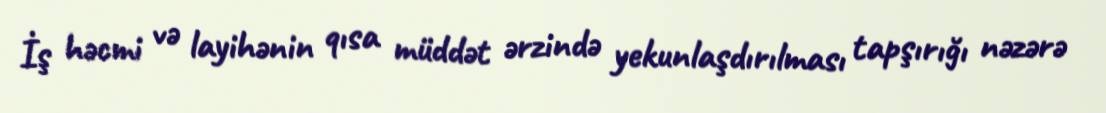
İş həcmi və layihənin qısa müddət ərzində yekunlaşdırılması tapşırığı nəzərə